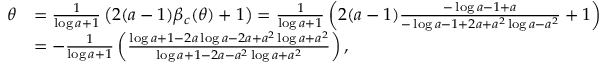
\begin{array} { r l } { \theta } & { = \frac { 1 } { \log a + 1 } \left( 2 ( a - 1 ) \beta _ { c } ( \theta ) + 1 \right) = \frac { 1 } { \log a + 1 } \left( 2 ( a - 1 ) \frac { - \log a - 1 + a } { - \log a - 1 + 2 a + a ^ { 2 } \log a - a ^ { 2 } } + 1 \right) } \\ & { = - \frac { 1 } { \log a + 1 } \left( \frac { \log a + 1 - 2 a \log a - 2 a + a ^ { 2 } \log a + a ^ { 2 } } { \log a + 1 - 2 a - a ^ { 2 } \log a + a ^ { 2 } } \right) , } \end{array}